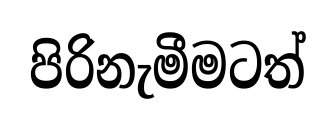
පිරිනැමීමටත්